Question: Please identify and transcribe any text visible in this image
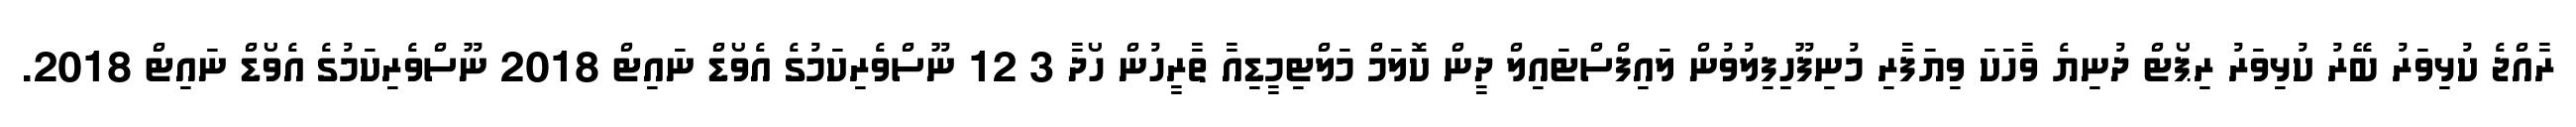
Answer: ރާއްޖެ ކުޅިވަރު ބޭރު ކުޅިވަރު ރިޕޯޓް ދުނިޔެ ވާހަކަ ވިޔަފާރި މުނިފޫހިފިލުވުން ލައިފްސްޓައިލް ދީން ކޮލަމް މަލްޓިމީޑިއާ ތާރީހުން ހޯދާ 3 12 ނޫސްވެރިކަމުގެ އެވޯޑް ނައިޓް 2018 ނޫސްވެރިކަމުގެ އެވޯޑް ނައިޓް 2018.